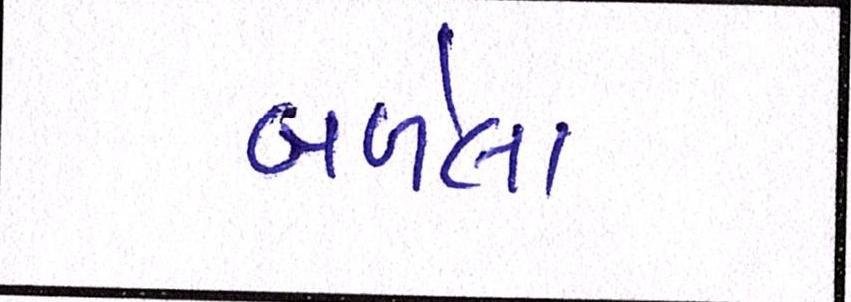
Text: બળેલા